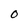
Character: 0